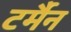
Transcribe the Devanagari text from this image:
टर्मैन